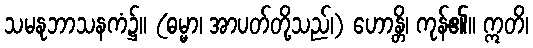
သမနုဘာသနကံ၌။ (ဓမ္မာ၊ အာပတ်တို့သည်၊) ဟောန္တိ၊ ကုန်၏။ ဣတိ၊